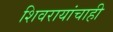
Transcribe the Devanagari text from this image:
शिवरायांचाही